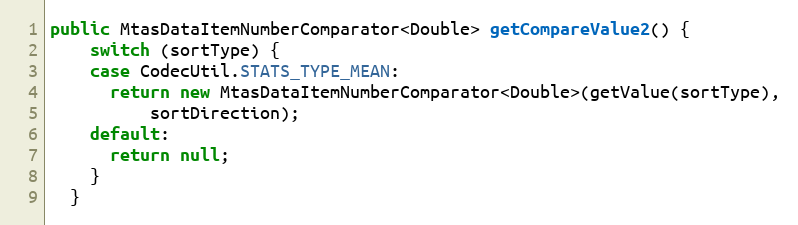
Language: Java
public MtasDataItemNumberComparator<Double> getCompareValue2() {
    switch (sortType) {
    case CodecUtil.STATS_TYPE_MEAN:
      return new MtasDataItemNumberComparator<Double>(getValue(sortType),
          sortDirection);
    default:
      return null;
    }
  }